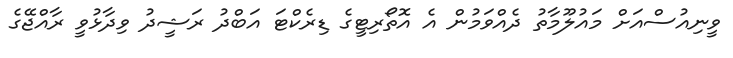
ވީނިއުސްއަށް މައުލޫމާތު ދެއްވަމުން އެ އޮތޯރިޓީގެ ޑިރެކްޓަ އަބްދު ރަޝީދު ވިދާޅުވީ ރާއްޖޭގެ